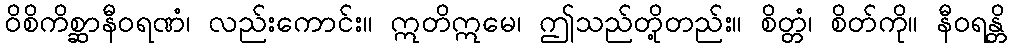
ဝိစိကိစ္ဆာနီဝရဏံ၊ လည်းကောင်း။ ဣတိဣမေ၊ ဤသည်တို့တည်း။ စိတ္တံ၊ စိတ်ကို။ နီဝရန္တိ